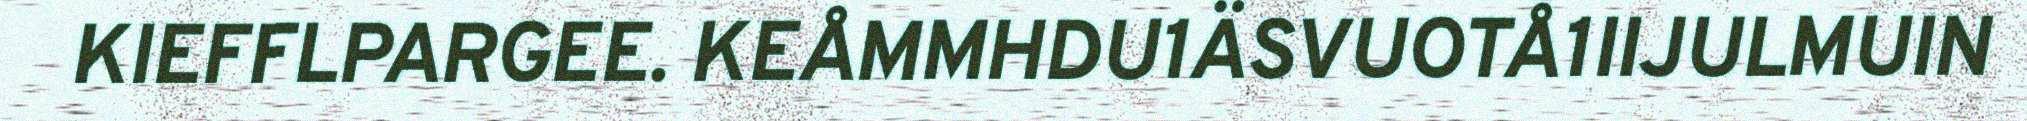
KIEFFLPARGEE. KEÅMMHDU1ÄSVUOTÅ1IIJULMUIN